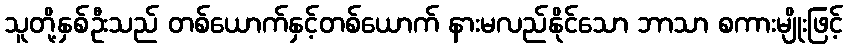
သူတို့နှစ်ဦးသည် တစ်ယောက်နှင့်တစ်ယောက် နားမလည်နိုင်သော ဘာသာ စကားမျိုးဖြင့်